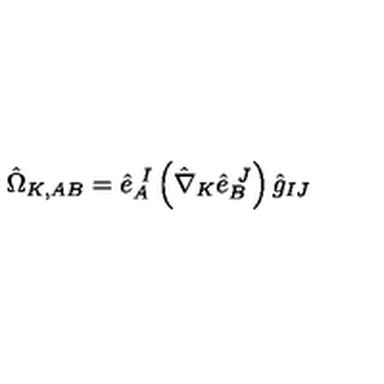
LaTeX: \hat { \Omega } _ { K , A B } = \hat { e } _ { A } ^ { \ I } \left( \hat { \nabla } _ { K } \hat { e } _ { B } ^ { \ J } \right) \hat { g } _ { I J }